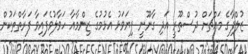
ޒުލްފާގެ މައްޗަށް ދުސްތޫރީ އަދި ގާނޫނީ ފިޔަވަޅު އެޅުމުގެ ޒިންމާއާ ހަވާލުވެފައިވާ ފަރާތްތަކުން